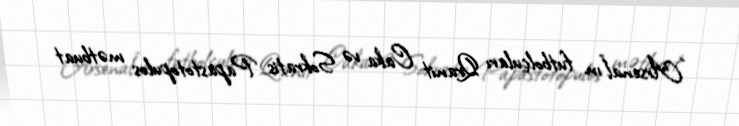
“Arsenal”ın futbolçuları Qranit Caka və Sokratis Papastotopulos mətbuat